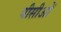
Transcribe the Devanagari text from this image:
पीसीओं